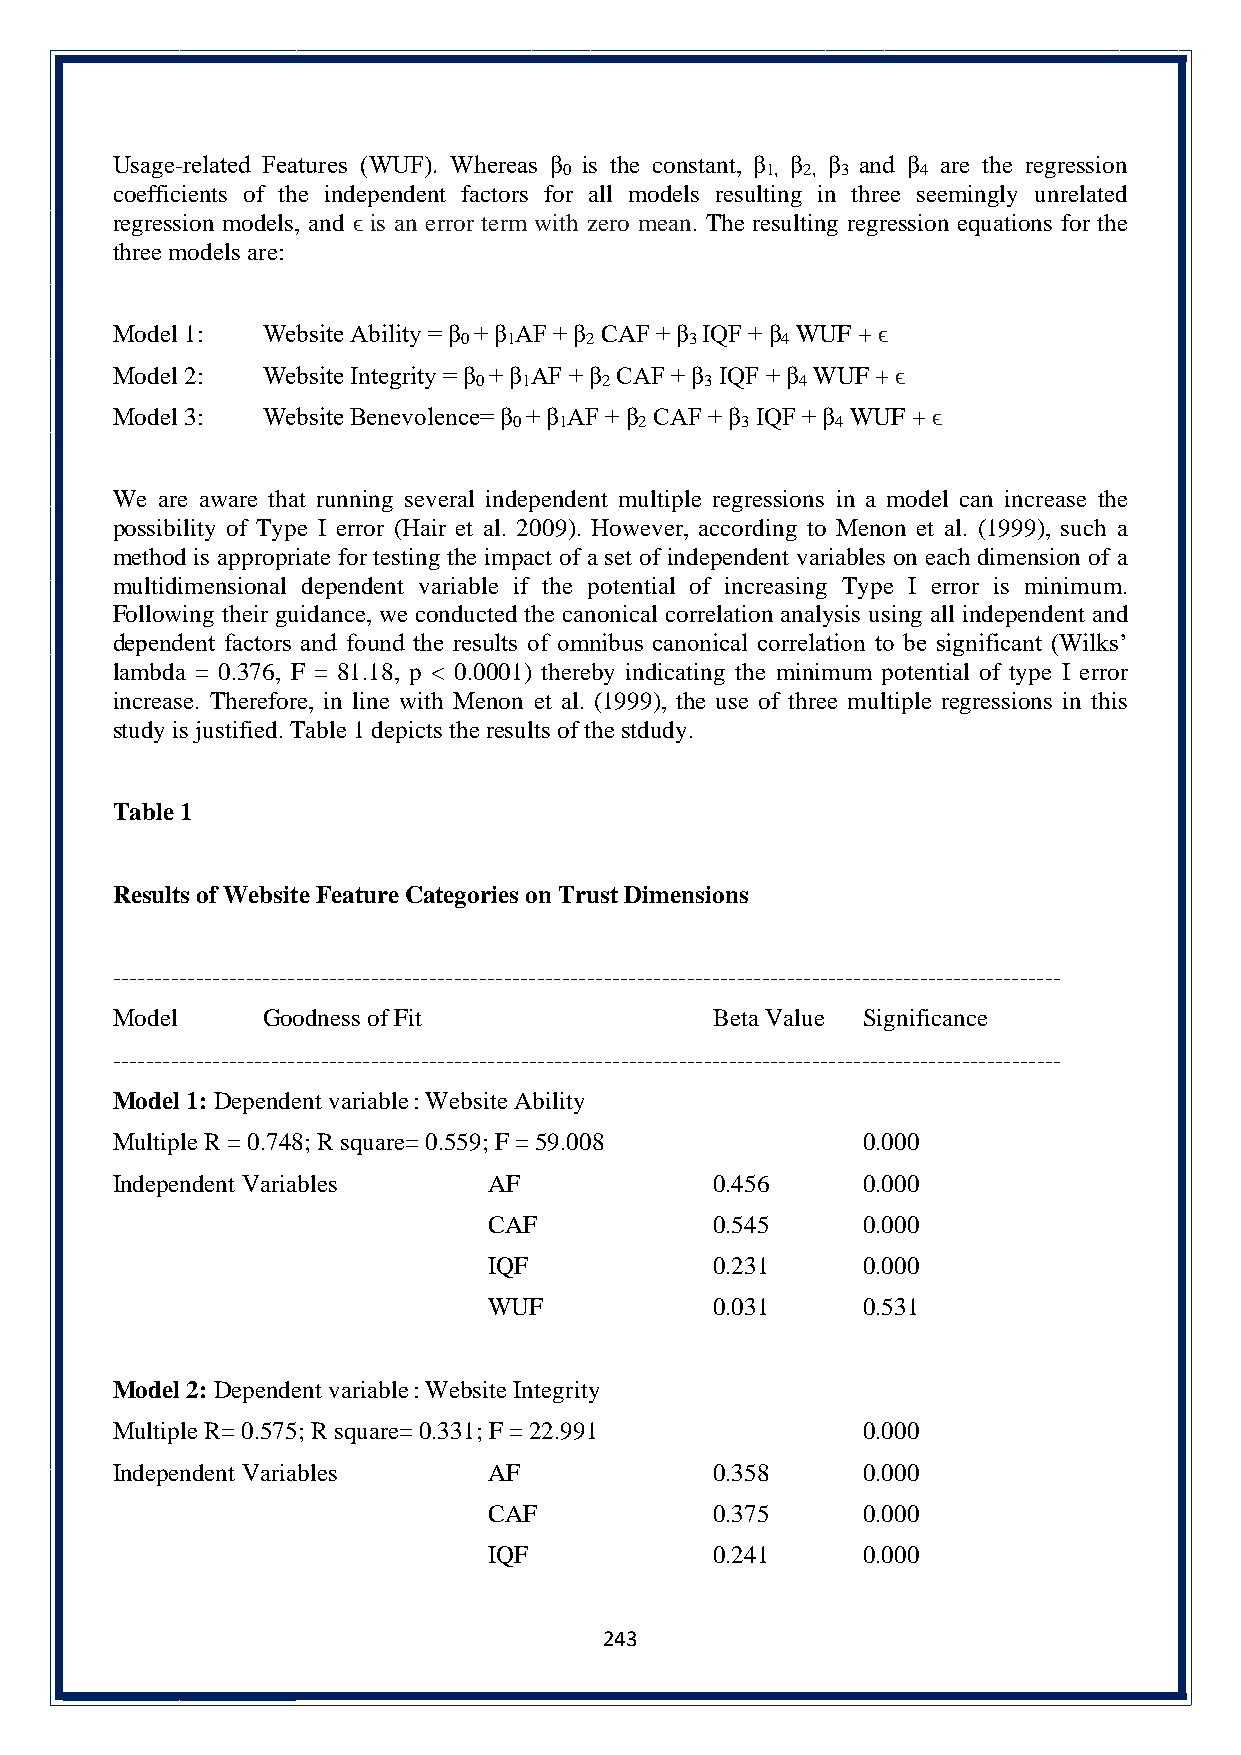
Usage-related Features (WUF). Whereas β is the constant, β β β and β are the regression
 0             1, 2, 3   4
 coefficients of the independent factors for all models resulting in three seemingly unrelated
 regression models, and ϵ is an error term with zero mean. The resulting regression equations for the
 three models are:
 Model 1:  Website Ability = β + β AF + β CAF + β IQF + β WUF + ϵ
 0  1    2      3     4
 Model 2:  Website Integrity = β + β AF + β CAF + β IQF + β WUF + ϵ
 0  1    2      3     4
 Model 3:  Website Benevolence= β + β AF + β CAF + β IQF + β WUF + ϵ
 0  1    2      3     4
 We are aware that running several independent multiple regressions in a model can increase the
 possibility of Type I error (Hair et al. 2009). However, according to Menon et al. (1999), such a
 method is appropriate for testing the impact of a set of independent variables on each dimension of a
 multidimensional dependent variable if the potential of increasing Type I error is minimum.
 Following their guidance, we conducted the canonical correlation analysis using all independent and
 dependent factors and found the results of omnibus canonical correlation to be significant (Wilks’
 lambda = 0.376, F = 81.18, p < 0.0001) thereby indicating the minimum potential of type I error
 increase. Therefore, in line with Menon et al. (1999), the use of three multiple regressions in this
 study is justified. Table 1 depicts the results of the stdudy.
 Table 1
 Results of Website Feature Categories on Trust Dimensions
 ------------------------------------------------------------------------------------------------------------------
 Model     Goodness of Fit               Beta Value Significance
 ------------------------------------------------------------------------------------------------------------------
 Model 1: Dependent variable : Website Ability
 Multiple R = 0.748; R square= 0.559; F = 59.008   0.000
 Independent Variables    AF             0.456     0.000
 CAF            0.545     0.000
 IQF            0.231     0.000
 WUF            0.031     0.531
 Model 2: Dependent variable : Website Integrity
 Multiple R= 0.575; R square= 0.331; F = 22.991    0.000
 Independent Variables    AF             0.358     0.000
 CAF            0.375     0.000
 IQF            0.241     0.000
 243